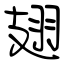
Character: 翅